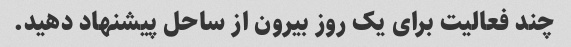
چند فعالیت برای یک روز بیرون از ساحل پیشنهاد دهید.